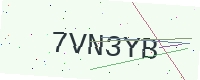
Text: 7VN3YB